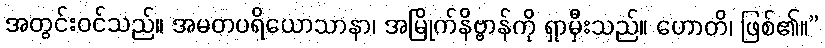
အတွင်းဝင်သည်။ အမတပရိယောသာနာ၊ အမြိုက်နိဗ္ဗာန်ကို ရှာမှီးသည်။ ဟောတိ၊ ဖြစ်၏။”